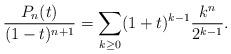
LaTeX: \begin{align*} \frac{P_n(t)}{(1-t)^{n+1}} = \sum_{k \geq 0}(1+t)^{k-1}\frac{k^n}{2^{k-1}}. \end{align*}